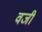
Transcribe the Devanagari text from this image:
वजी